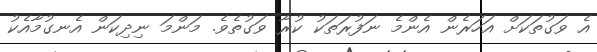
އެ ވަގުތަކަށް އަަހަރެން އެންމެ ނަފުރަތަކު ކުރާ ވަގުތެވެ. މަންމަ ނިދިކަން އެނގުމާއެކު